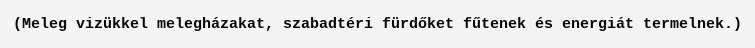
(Meleg vizükkel melegházakat, szabadtéri fürdőket fűtenek és energiát termelnek.)